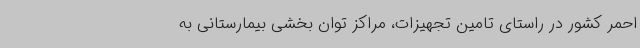
احمر کشور در راستای تامین تجهیزات، مراکز توان بخشی بیمارستانی به